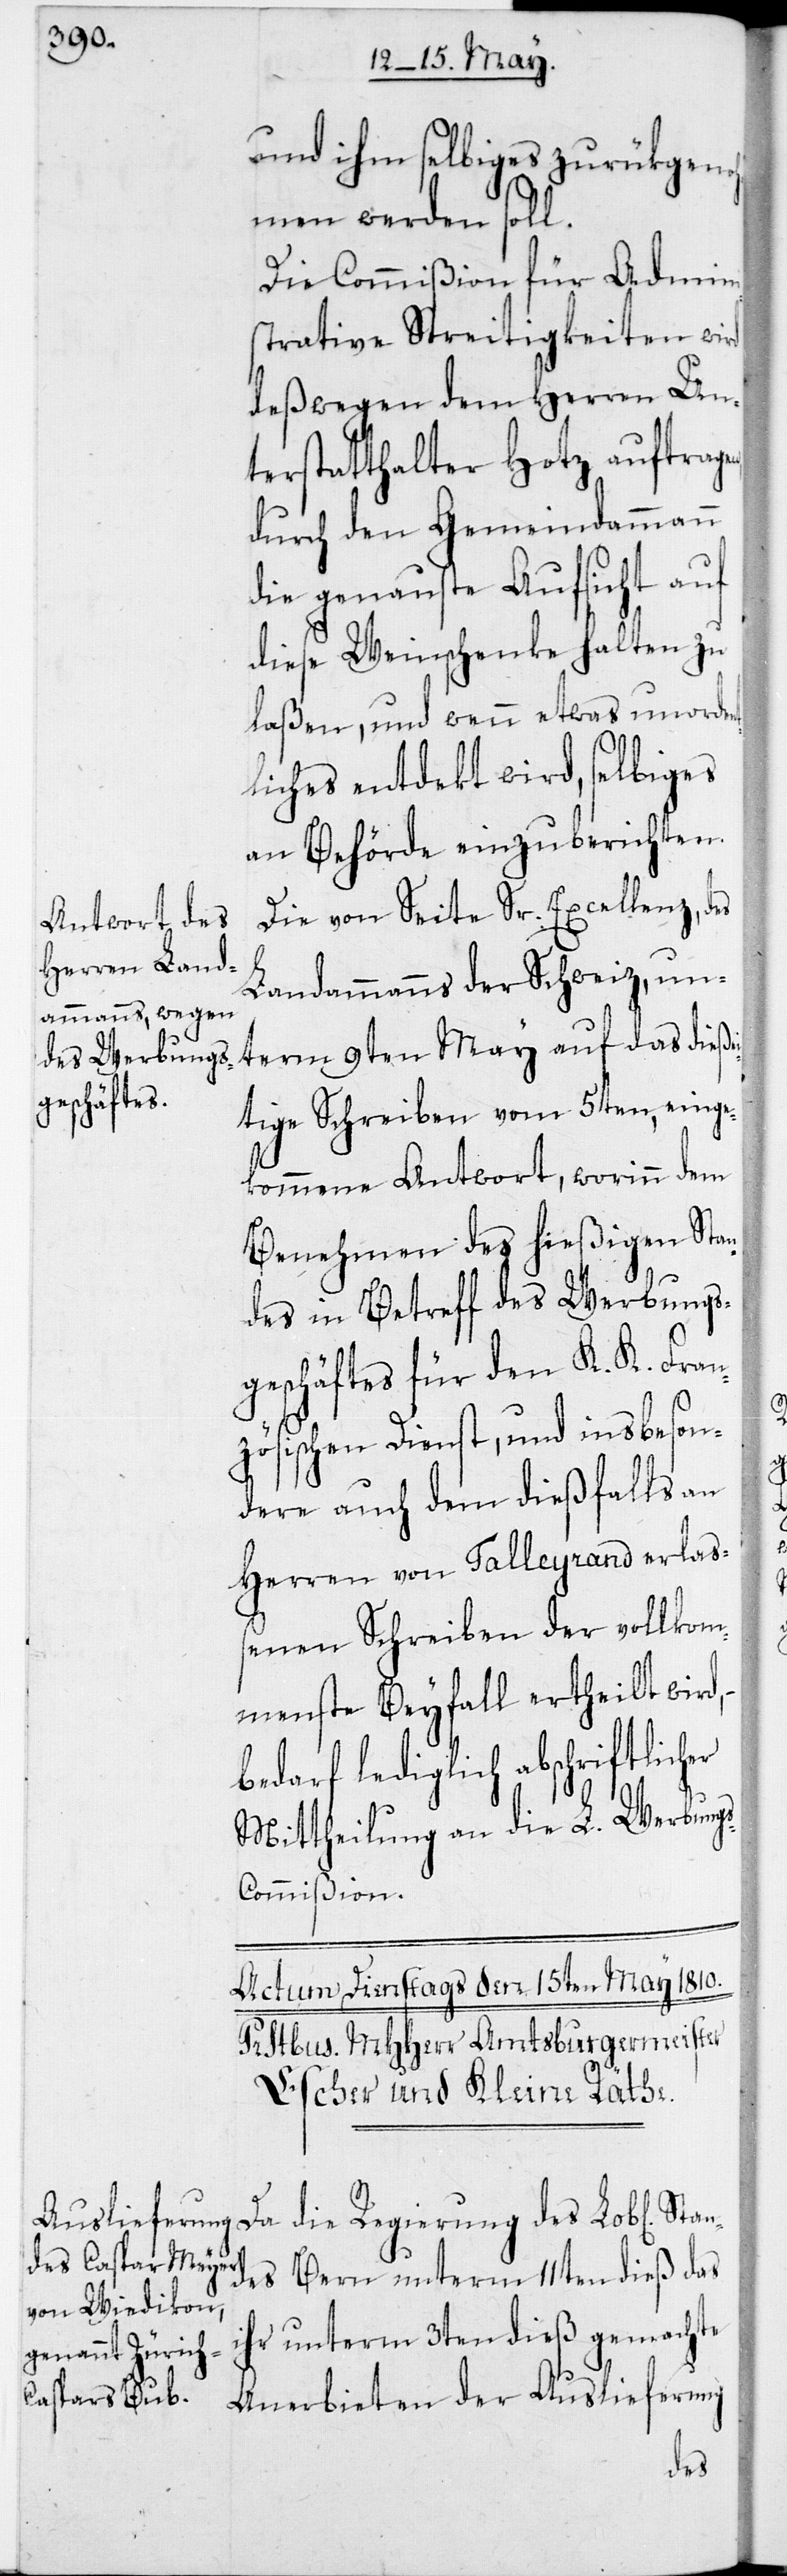
und ihm selbiges zurükgenoh¬
men werden soll.
Die Commißion für Admini¬
strative Streitigkeiten wird
deßwegen dem Herren Un¬
terstatthalter Hotz auftrag¬
durch den Gemeindammann
die genaueste Aufsicht auf
diese Weinschenke halten zu
laßen, und wenn etwas unorden¬
liches entdekt wird, selbiges
an Behörde einzuberichten.
Die von Seite Sr. Excellenz des
er
Landammanns der Schweiz, un¬
term 9ten May auf das dieße¬
itige Schreiben vom 5ten, einge¬
kommene Antwort, worinn dem
Benehmen des hießigen Stan¬
des in Betreff des Werbungs¬
geschäftes für den K. K. Fran¬
zösischen Dienst, und insbeson¬
dere auch dem dießfalls an
Herren von Talleyrand erlaß¬
enen Schreiben der vollkom¬
menste Beyfall ertheilt wird,
bedarf lediglich abschriftlich¬
Mittheilung an die L. Werbung¬
s-Commißion.
des Bern unterm 11ten dieß das
ihr unterm 3ten dieß gemachte
Anerbieten der Auslieferung
Stan¬